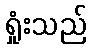
ရှုံးသည်